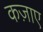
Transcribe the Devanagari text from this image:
कज़ाए